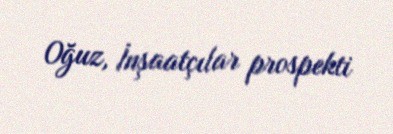
Oğuz, İnşaatçılar prospekti